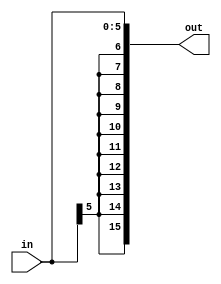
module SignExtend(input [5:0] in, output [15:0] out);
    assign out[5:0] = in[5:0]; 
    assign out[15:6] = {10{in[5]}} ; 
endmodule

////////////&